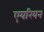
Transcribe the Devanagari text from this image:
एयरियन